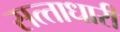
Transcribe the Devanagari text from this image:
सत्‍ताधारी